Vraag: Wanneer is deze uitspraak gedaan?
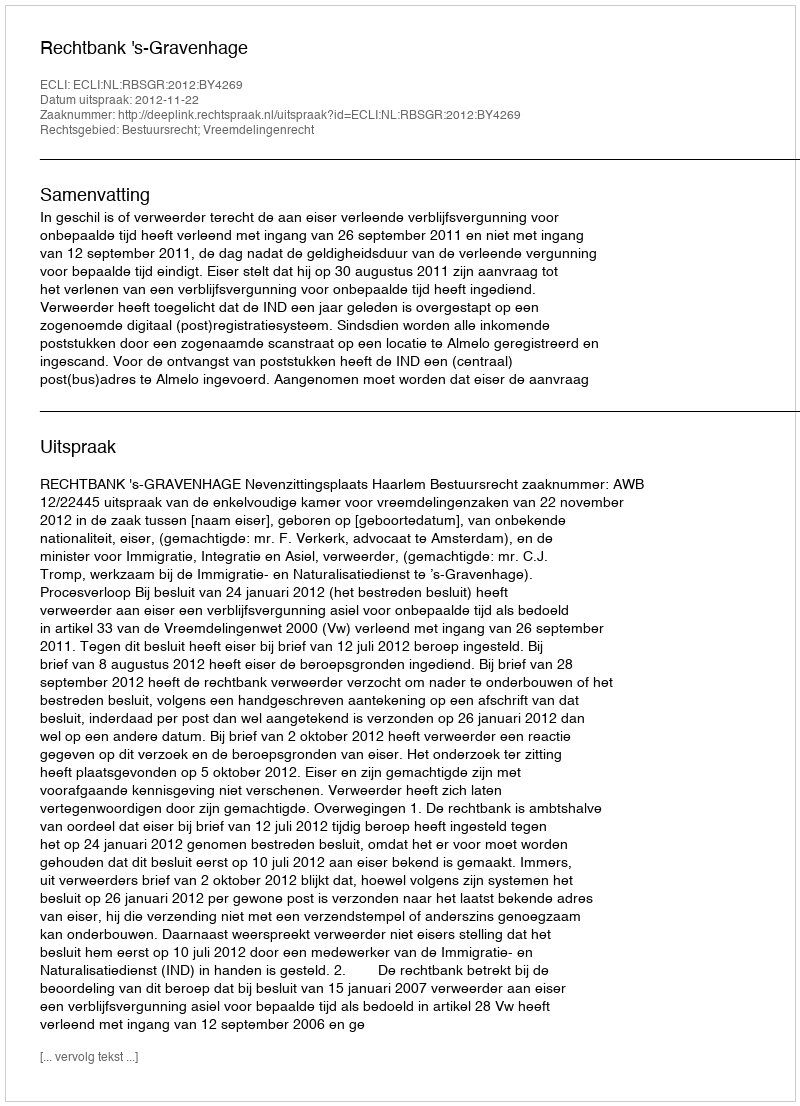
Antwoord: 2012-11-22